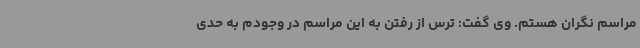
مراسم نگران هستم. وی گفت: ترس از رفتن به این مراسم در وجودم به حدی